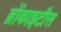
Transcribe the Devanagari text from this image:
ब्रोंकाइटीस